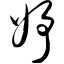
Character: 妤